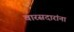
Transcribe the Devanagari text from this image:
वारसदारांना